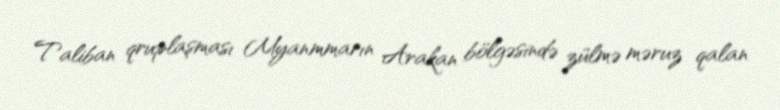
Taliban qruplaşması Myanmmarın Arakan bölgəsində zülmə məruz qalan